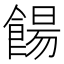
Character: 餳